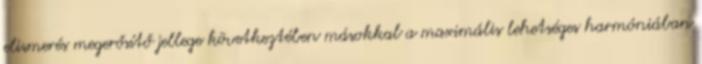
elismerés megerősítő jellege következtében másokkal a maximális lehetséges harmóniában